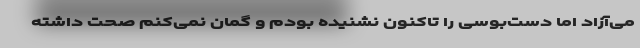
می‌آزاد اما دست‌بوسی را تا‌کنون نشنیده بودم و گمان نمی‌کنم صحت داشته